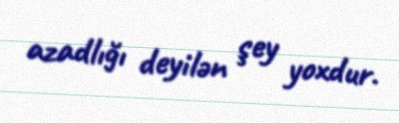
azadlığı deyilən şey yoxdur.